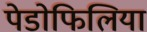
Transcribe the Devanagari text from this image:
पेडोफिलिया